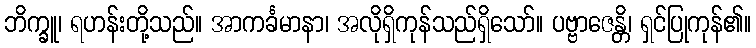
ဘိက္ခူ၊ ရဟန်းတို့သည်။ အာကင်္ခမာနာ၊ အလိုရှိကုန်သည်ရှိသော်။ ပဗ္ဗာဇေန္တိ၊ ရှင်ပြုကုန်၏။